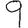
Digit: 9